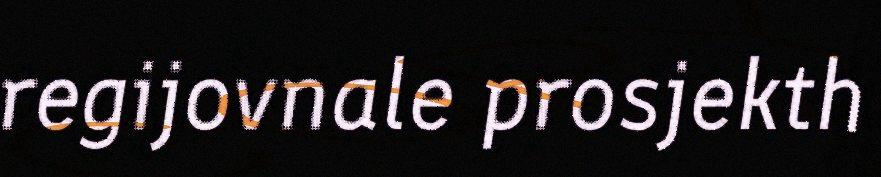
regijovnale prosjekth